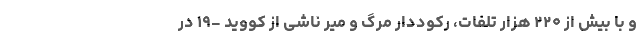
و با بیش از ۲۲۰ هزار تلفات، رکوددار مرگ و میر ناشی از کووید -۱۹ در